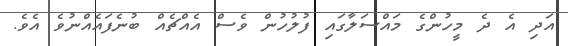
އަދި އެ ދެ މީހުންގެ މައްސަލާގައި ފުލުހުން ވެސް އެއްޗެއް ބުނެފައެއްނުވެ އެވެ.